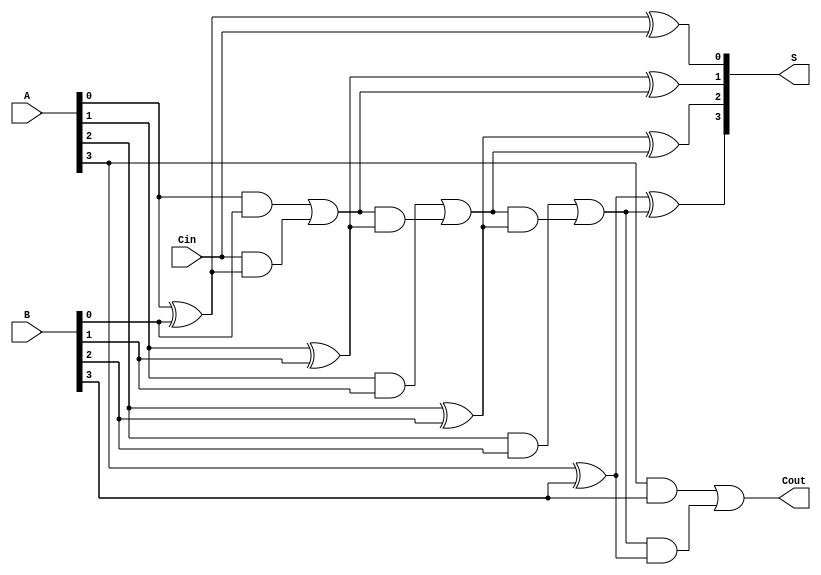
module ParallelFullAdder (
    input  [3:0] A,     // 4-bit input A
    input  [3:0] B,     // 4-bit input B
    input        Cin,    // Carry-in
    output [3:0] S,     // 4-bit sum output
    output       Cout    // Carry-out
);

    wire [3:0] carry; // Internal carry wires

    // Full Adder for bit 0
    assign S[0] = A[0] ^ B[0] ^ Cin;
    assign carry[0] = (A[0] & B[0]) | (Cin & (A[0] ^ B[0]));

    // Full Adder for bit 1
    assign S[1] = A[1] ^ B[1] ^ carry[0];
    assign carry[1] = (A[1] & B[1]) | (carry[0] & (A[1] ^ B[1]));

    // Full Adder for bit 2
    assign S[2] = A[2] ^ B[2] ^ carry[1];
    assign carry[2] = (A[2] & B[2]) | (carry[1] & (A[2] ^ B[2]));

    // Full Adder for bit 3
    assign S[3] = A[3] ^ B[3] ^ carry[2];
    assign Cout = (A[3] & B[3]) | (carry[2] & (A[3] ^ B[3]));

endmodule